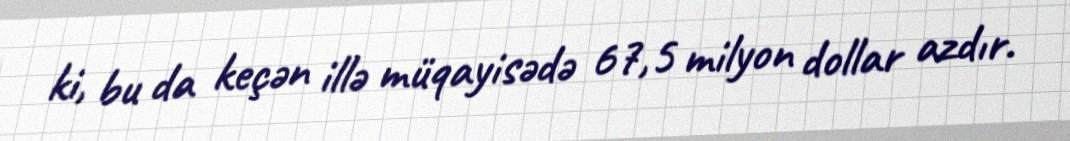
ki, bu da keçən illə müqayisədə 67,5 milyon dollar azdır.